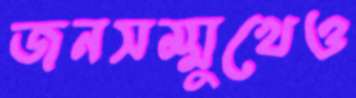
জনসম্মুখেও